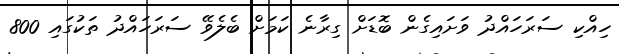
ހިއްކި ސަރަހައްދު ވަށައިގެން ބޮޑަށް ގިރާނެ ކަމަށް ބެލެވޭ ސަރަހައްދު ތަކުގައި 800